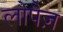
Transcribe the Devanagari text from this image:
लोपैज़